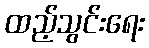
ထည့်သွင်းရေး